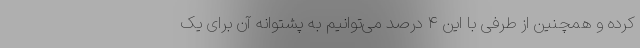
کرده و همچنین از طرفی با این ۴ درصد می‌توانیم به پشتوانه آن برای یک